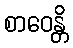
စာဝေန္တိ